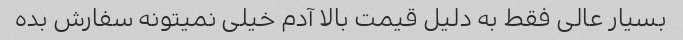
بسیار عالی فقط به دلیل قیمت بالا آدم خیلی نمیتونه سفارش بده